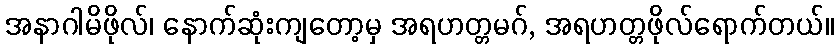
အနာဂါမိဖိုလ်၊ နောက်ဆုံးကျတော့မှ အရဟတ္တမဂ်, အရဟတ္တဖိုလ်ရောက်တယ်။